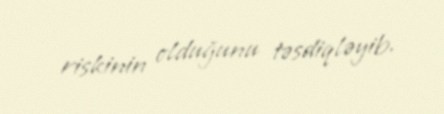
riskinin olduğunu təsdiqləyib.